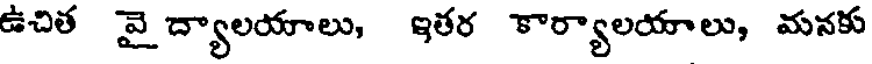
ఉచిత వై ద్యాలయాలు, ఇతర కార్యాలయాలు, మనకు